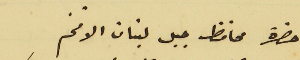
حضرة محافظ جبل لبنان الافخم